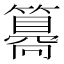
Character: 𥵑